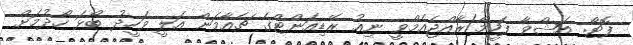
ފޮޓޯ: އަޝްވާ ފަހީމް/ރާއްޖެއެމްވީ ނިއު ރޭޑިއަންޓްގެ ޗެއާމަން އަލީ ވަހީދު ބޯޅަ ހޯދުމަށް